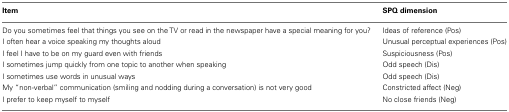
| Item | SPQ dimension |
 | --- | --- |
 | Do you sometimes feel that things you see on the TV or read in the newspaper have a special meaning for you? | Ideas of reference (Pos) |
 | I often hear a voice speaking my thoughts aloud | Unusual perceptual experiences (Pos) |
 | I feel I have to be on my guard even with friends | Suspiciousness (Pos) |
 | I sometimes jump quickly from one topic to another when speaking | Odd speech (Dis) |
 | I sometimes use words in unusual ways | Odd speech (Dis) |
 | My “non-verbal” communication (smiling and nodding during a conversation) is not very good | Constricted affect (Neg) |
 | I prefer to keep myself to myself | No close friends (Neg) |